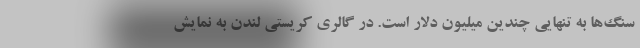
سنگ‌ها به تنهایی چندین میلیون دلار است. در گالری کریستی لندن به نمایش